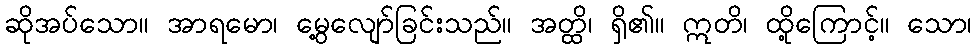
ဆိုအပ်သော။ အာရမော၊ မွေ့လျော်ခြင်းသည်။ အတ္ထိ၊ ရှိ၏။ ဣတိ၊ ထို့ကြောင့်။ သော၊